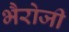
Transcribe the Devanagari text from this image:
भैरोजी